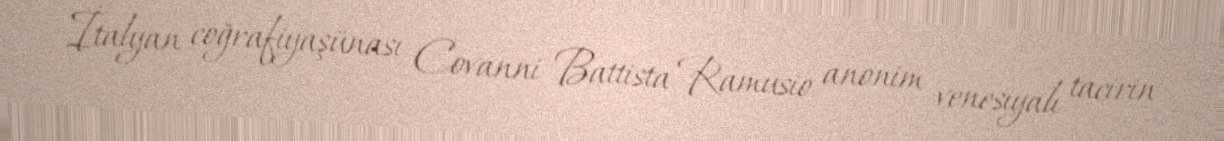
İtalyan coğrafiyaşünası Covanni Battista Ramusio anonim venesiyalı tacirin